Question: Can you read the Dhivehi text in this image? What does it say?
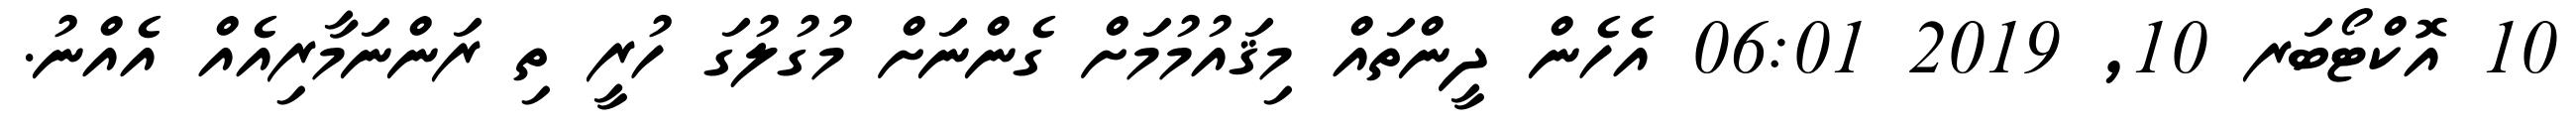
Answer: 10 އޮކްޓޯބަރ 10, 2019 06:01 އެހެން ދީންތައް މިޤައުމުމަށް ގެންނަށް މުގުލުގަ ހުރީ ތި ރަންނަމާރިއެއް އެއްނު.